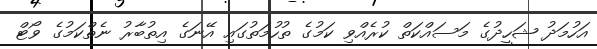
އަހުމަދު ޝަހީދުގެ މަސައްކަތް ކުރެއްވި ކަމުގެ ތުހުމަތުގައި އޭނަގެ އިތުބާރު ނެތްކަމުގެ ވޯޓް